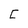
Character: C